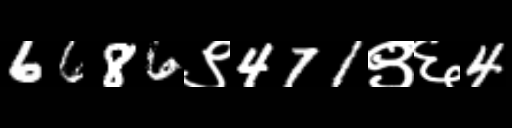
Text: 6686९471९६4